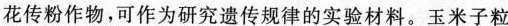
花传粉作物，可作为研究遗传规律的实验材料。玉米子粒